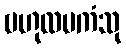
ဗဟုလမကံသု